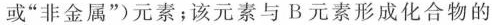
或“非金属”）元素；该元素与B元素形成化合物的